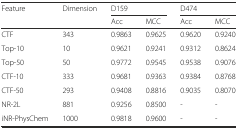
<table><thead><tr><td rowspan="2"><b>Feature</b></td><td rowspan="2"><b>Dimension</b></td><td colspan="2"><b>D159</b></td><td colspan="2"><b>D474</b></td></tr><tr><td><b>Acc</b></td><td><b>MCC</b></td><td><b>Acc</b></td><td><b>MCC</b></td></tr></thead><tbody><tr><td>CTF</td><td>343</td><td>0.9863</td><td>0.9625</td><td>0.9620</td><td>0.9240</td></tr><tr><td>Top-10</td><td>10</td><td>0.9621</td><td>0.9241</td><td>0.9312</td><td>0.8624</td></tr><tr><td>Top-50</td><td>50</td><td>0.9772</td><td>0.9545</td><td>0.9538</td><td>0.9076</td></tr><tr><td>CTF-10</td><td>333</td><td>0.9681</td><td>0.9363</td><td>0.9384</td><td>0.8768</td></tr><tr><td>CTF-50</td><td>293</td><td>0.9408</td><td>0.8816</td><td>0.9035</td><td>0.8070</td></tr><tr><td>NR-2L</td><td>881</td><td>0.9256</td><td>0.8500</td><td>-</td><td>-</td></tr><tr><td>iNR-PhysChem</td><td>1000</td><td>0.9818</td><td>0.9600</td><td>-</td><td>-</td></tr></tbody></table>